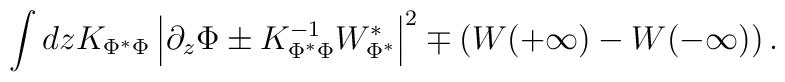
\int dz  K_{\Phi^*\Phi} \left | \partial_z\Phi\pm  K_{\Phi^*\Phi}^{-1} W_{\Phi^*}^* \right |^2  \mp\left (W(+\infty) - W(-\infty)\right ).